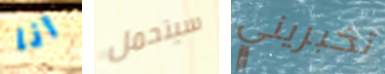
أنا سيتحمل تخبريني